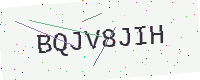
Text: BQJV8JIH